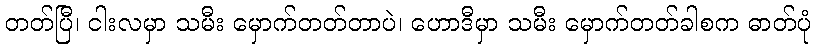
တတ်ပြီ၊ ငါးလမှာ သမီး မှောက်တတ်တာပဲ၊ ဟောဒီမှာ သမီး မှောက်တတ်ခါစက ဓာတ်ပုံ